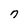
Character: 7